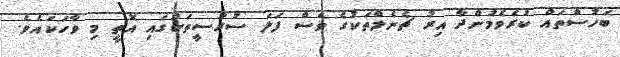
ބަހުސްތައް ކުރެވެމުންދާ އިރު ޗެނެލްތަކުގެ ވެސް ފަލަ ސުރުސީތަކުގައި އޮތީ މި ވާހަކައެވެ.